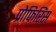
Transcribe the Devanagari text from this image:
प्रोफिरिंस